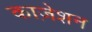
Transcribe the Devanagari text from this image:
काज़ेशन